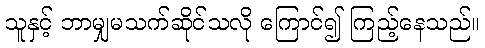
သူနှင့် ဘာမျှမသက်ဆိုင်သလို ကြောင်၍ ကြည့်နေသည်။